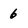
Character: 6